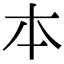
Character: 𠥽